Annual report of the Civil Veterinary Department, Bengal, and of the Bengal Veterinary College for the year 1906-1907 - 1906-1907
Year: 1906
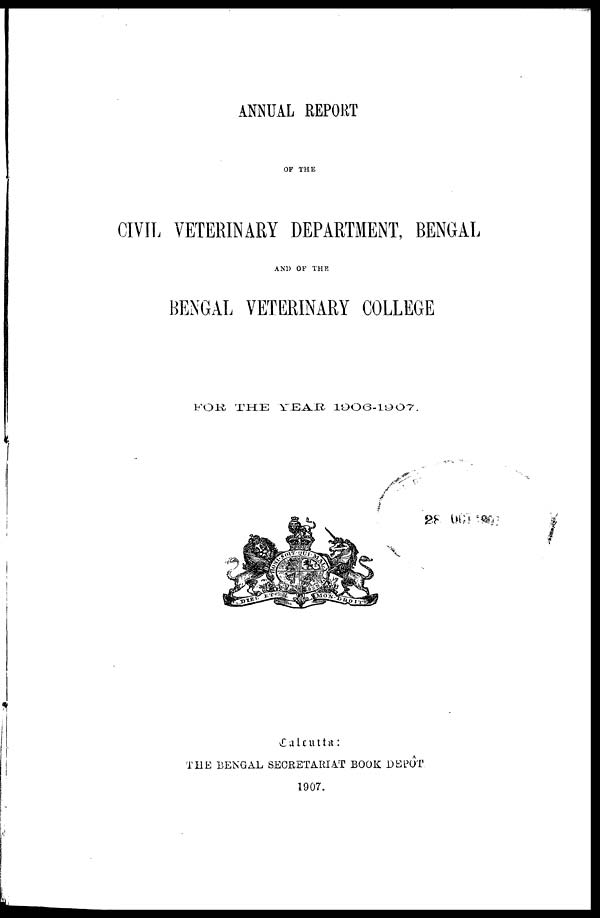
ANNUAL REPORT
OF THE
CIVIL VETERINARY DEPARTMENT, BENGAL
AND OF THE
BENGAL VETERINARY COLLEGE
FOR
THE
YEAR
1906-1907.
Calcutta:
THE BENGAL SECRETARIAT BOOK DEPOT
1907.